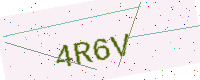
Text: 4R6V